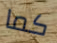
كما